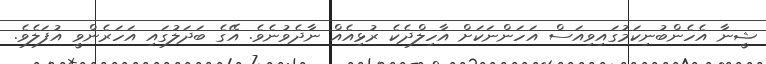
ޝީނާ އެހެންބުނިކަމުގައިވިއަސް އަހަންނަކަށް އާހިލްދެކެ ރުޅިއެއް ނާދެވުނެވެ. އޭގެ ބަދަލުގައި އަހަރެންވީ އުފަލެވެ.